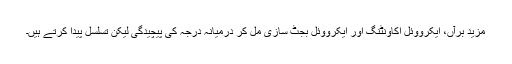
مزید برآں، ایکرووئل اکاونٹنگ اور ایکرووئل بجٹ سازی مل کر درمیانہ درجہ کی پیچیدگی لیکن تسلسل پیدا کرتے ہیں۔